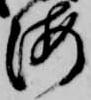
海